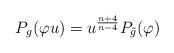
LaTeX: \begin{align*}P_g(\varphi u)=u^{n+4 \over n-4}P_{\tilde{g}}(\varphi)\end{align*}